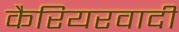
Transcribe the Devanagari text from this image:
कैरियरवादी